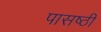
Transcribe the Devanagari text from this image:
पासष्ठी